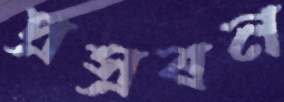
প্রস্রবন